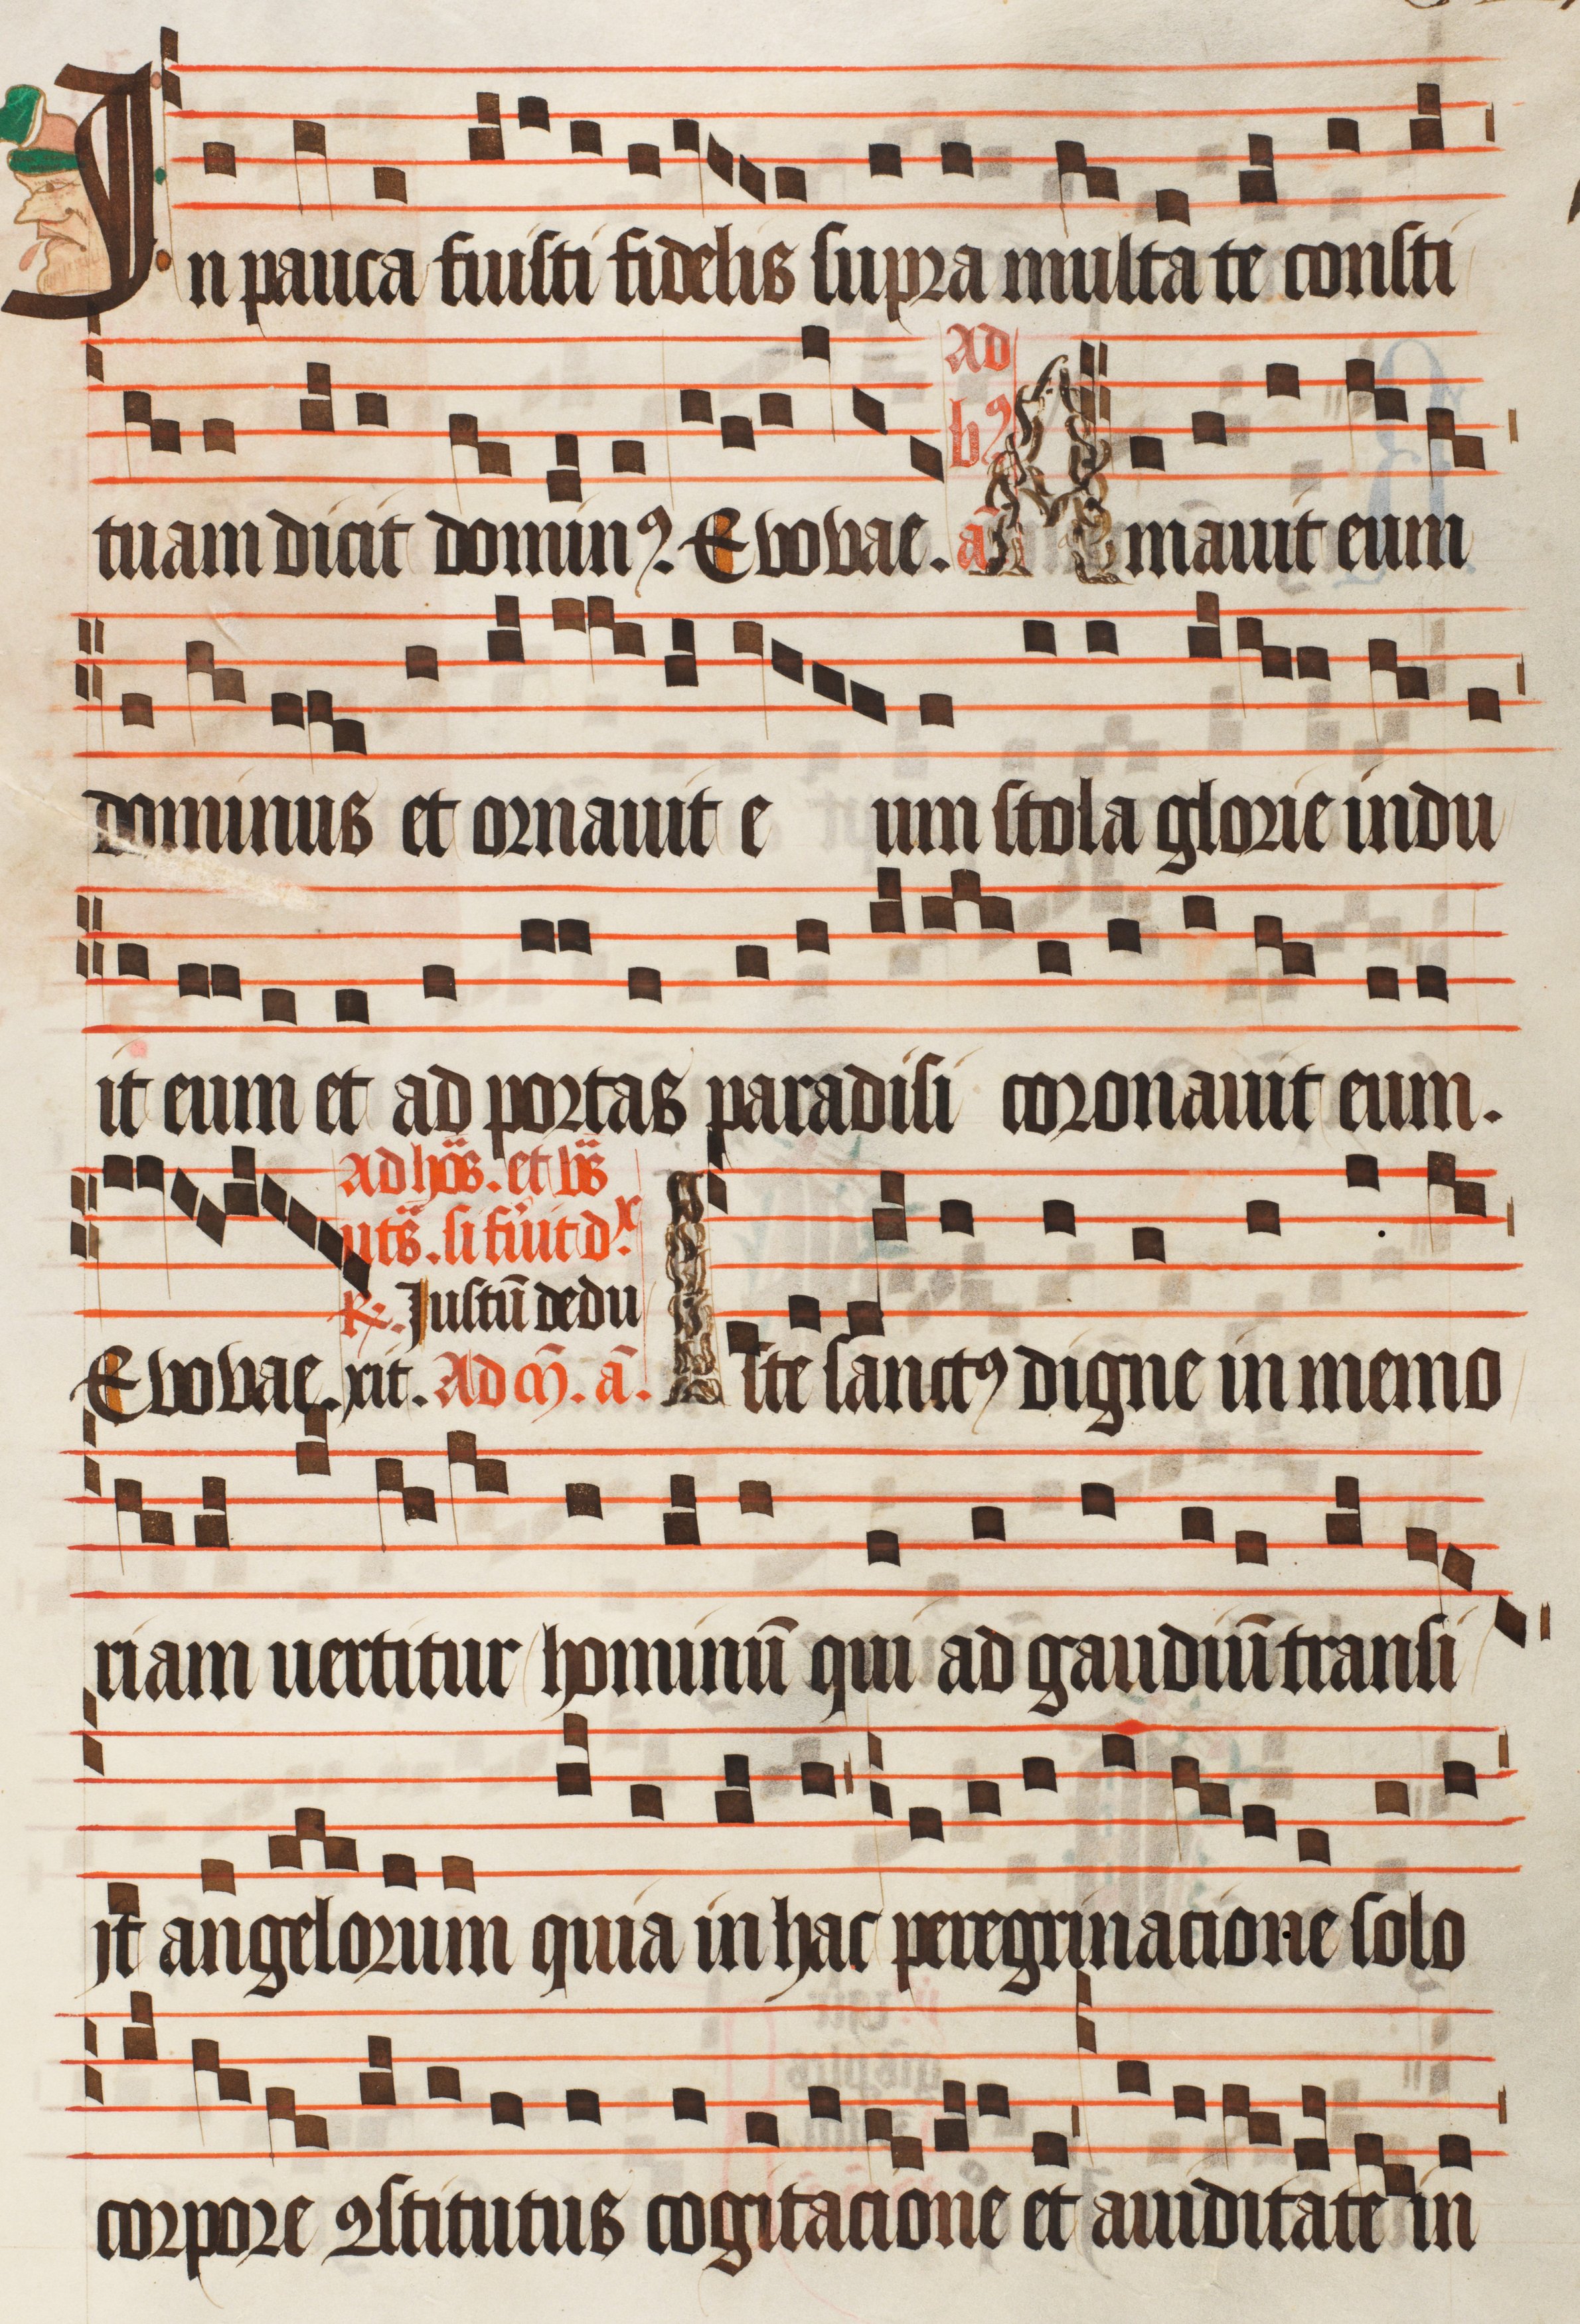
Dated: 1470–1505